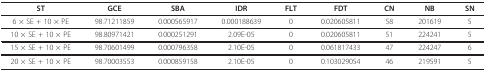
<table><thead><tr><td><b>ST</b></td><td><b>GCE</b></td><td><b>SBA</b></td><td><b>IDR</b></td><td><b>FLT</b></td><td><b>FDT</b></td><td><b>CN</b></td><td><b>NB</b></td><td><b>SN</b></td></tr></thead><tbody><tr><td>6 × SE + 10 × PE</td><td>98.71211859</td><td>0.000565917</td><td>0.000188639</td><td>0</td><td>0.020605811</td><td>58</td><td>201619</td><td>5</td></tr><tr><td>10 × SE + 10 × PE</td><td>98.80971421</td><td>0.000251291</td><td>2.09E-05</td><td>0</td><td>0.020605811</td><td>51</td><td>224241</td><td>5</td></tr><tr><td>15 × SE + 10 × PE</td><td>98.70601499</td><td>0.000796358</td><td>2.10E-05</td><td>0</td><td>0.061817433</td><td>47</td><td>224247</td><td>6</td></tr><tr><td>20 × SE + 10 × PE</td><td>98.70003553</td><td>0.000859158</td><td>2.10E-05</td><td>0</td><td>0.103029054</td><td>46</td><td>219591</td><td>5</td></tr></tbody></table>